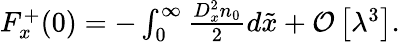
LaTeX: \begin{array}{r}{F_{x}^{+}(0)=-\int_{0}^{\infty}\frac{D_{x}^{2}n_{0}}{2}d\tilde{x}+\mathcal{O}\left[\lambda^{3}\right].}\end{array}